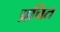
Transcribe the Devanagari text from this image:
प्रचित